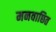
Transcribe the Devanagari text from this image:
मनवाछित